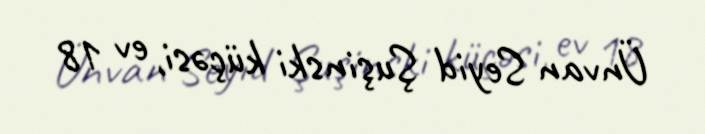
Ünvan Seyid Şuşinski küçəsi, ev 18